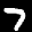
Label: 7